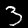
Digit: 3